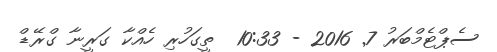
ސެޕްޓެމްބަރު 7